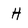
Character: H